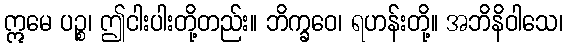
ဣမေ ပဉ္စ၊ ဤငါးပါးတို့တည်း။ ဘိက္ခဝေ၊ ရဟန်းတို့။ အဘိနိဝါသေ၊